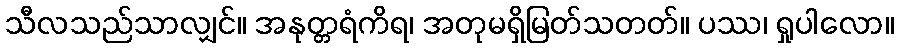
သီလသည်သာလျှင်။ အနုတ္တရံကိရ၊ အတုမရှိမြတ်သတတ်။ ပဿ၊ ရှုပါလော။